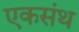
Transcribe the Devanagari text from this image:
एकसंथ